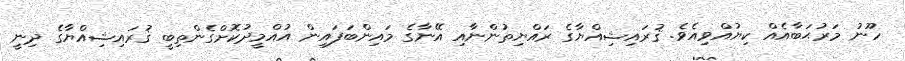
ހޫނު މަރުޙަބާއެއް ކިޔުއްވިއެވެ. ޤުރައިޝިއްޔާގެ ރައްޔިތުންނާއި އޭނާގެ މައިންބަފައިން އުއްމީދުކޮށްގެންތިބީ ޤުރައިޝިއްޔާގެ ދިނީ